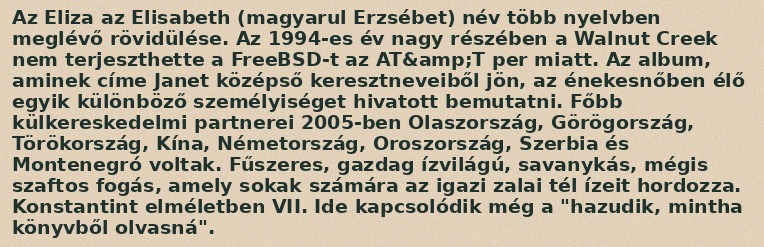
Az Eliza az Elisabeth (magyarul Erzsébet) név több nyelvben meglévő rövidülése. Az 1994-es év nagy részében a Walnut Creek nem terjeszthette a FreeBSD-t az AT&amp;T per miatt. Az album, aminek címe Janet középső keresztneveiből jön, az énekesnőben élő egyik különböző személyiséget hivatott bemutatni. Főbb külkereskedelmi partnerei 2005-ben Olaszország, Görögország, Törökország, Kína, Németország, Oroszország, Szerbia és Montenegró voltak. Fűszeres, gazdag ízvilágú, savanykás, mégis szaftos fogás, amely sokak számára az igazi zalai tél ízeit hordozza. Konstantint elméletben VII. Ide kapcsolódik még a "hazudik, mintha könyvből olvasná".